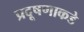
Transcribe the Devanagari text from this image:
प्रदूषणाकडे